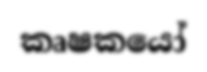
කෘෂකයෝ